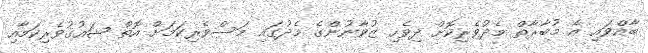
ބާއްވައި އެ މުބާރާތް މެދުވެރިކޮށް ދިވެހި ޒުވާނުންގެ މެދުގައި މަސްވެރިކަމަށް އޮތް ޝައުގުވެރިކަމާއި